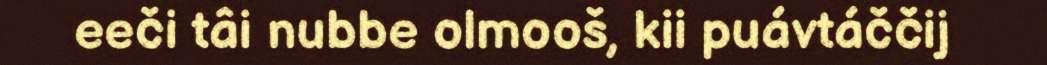
eeči tâi nubbe olmooš, kii puávtáččij